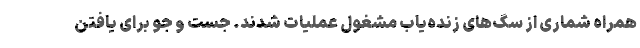
همراه شماری از سگ‌های زنده‌یاب مشغول عملیات شدند. جست و جو برای یافتن